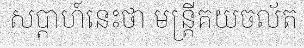
សប្តាហ៍នេះថា មន្ត្រីគយចល័ត